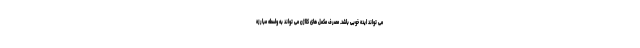
می تواند ایده خوبی باشد. مصرف مکمل های کلاژن می تواند به واسطه مبارزه